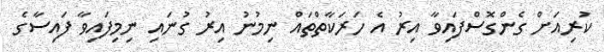
ކުރިއަށް ގެންގޮސްފައިވާ އިރު އެ ހަރަކާތްތައް ނިމުނު އިރު ގުނައި ނިމިފައިވާ ފައިސާގެ